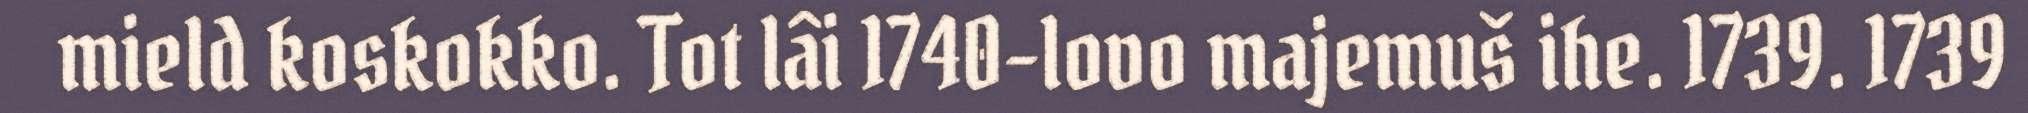
mield koskokko. Tot lâi 1740-lovo majemuš ihe. 1739. 1739